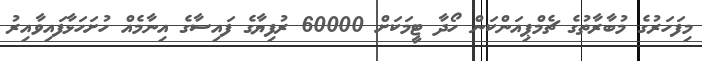
މިފަަހަރުގެ މުބާރާތުގެ ޗެމްޕިއަންކަން ހޯދާ ޓީމަކަށް 60000 ރުފިޔާގެ ފައިސާގެ އިނާމެއް ހުށަހަޅާފައިވާއިރު